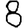
Digit: 8